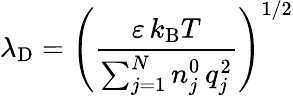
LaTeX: \lambda_{\mathrm{{D}}}=\left({\frac{\varepsilon\, k_{\mathrm{{B}}}T}{\sum_{j=1}^{N}n_{j}^{0}\, q_{j}^{2}}}\right)^{1/2}